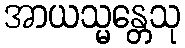
အာယသ္မန္တေသု